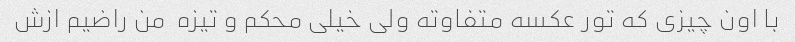
با اون چیزی که تور عکسه متفاوته ولی خیلی محکم و تیزه  من راضیم ازش